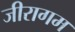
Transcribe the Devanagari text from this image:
जीरागम